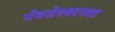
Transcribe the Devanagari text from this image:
येवतेश्वरच्या